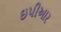
ઇપીઆર